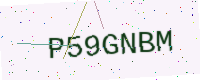
Text: P59GNBM